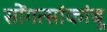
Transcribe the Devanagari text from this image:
सोंगत्सांकांबू